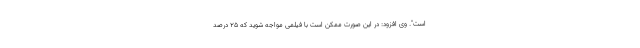
است". وی افزود: در این صورت ممکن است با فیلمی مواجه شوید که 25 درصد